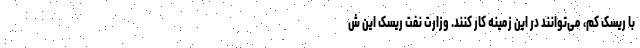
با ریسک کم، می‌توانند در این زمینه کار کنند. وزارت نفت ریسک این ش